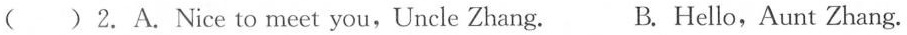
( ) 2. A.Nice to meet you,Uncle Zhang. B. Hello,Aunt Zhang.